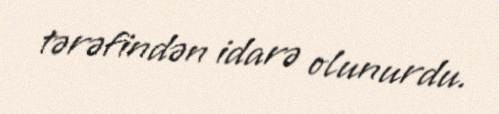
tərəfindən idarə olunurdu.